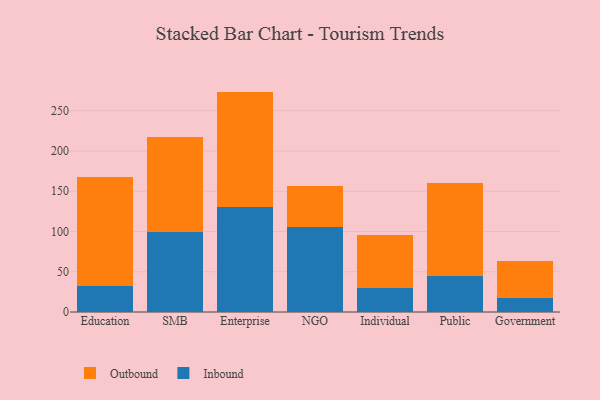
{"axis": {"x": "Segment", "y": "Customer Acquisition Cost (USD)"}, "legend": ["Inbound", "Outbound"], "data": [{"x": "Education", "y": 32.9, "type": "Inbound"}, {"x": "Education", "y": 134.6, "type": "Outbound"}, {"x": "SMB", "y": 99.4, "type": "Inbound"}, {"x": "SMB", "y": 117.8, "type": "Outbound"}, {"x": "Enterprise", "y": 130.2, "type": "Inbound"}, {"x": "Enterprise", "y": 143.6, "type": "Outbound"}, {"x": "NGO", "y": 105.5, "type": "Inbound"}, {"x": "NGO", "y": 51.6, "type": "Outbound"}, {"x": "Individual", "y": 29.7, "type": "Inbound"}, {"x": "Individual", "y": 66.1, "type": "Outbound"}, {"x": "Public", "y": 45.3, "type": "Inbound"}, {"x": "Public", "y": 115.5, "type": "Outbound"}, {"x": "Government", "y": 17.0, "type": "Inbound"}, {"x": "Government", "y": 46.6, "type": "Outbound"}]}